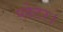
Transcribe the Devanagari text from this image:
प्लेटर।